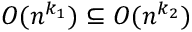
O ( n ^ { k _ { 1 } } ) \subseteq O ( n ^ { k _ { 2 } } )